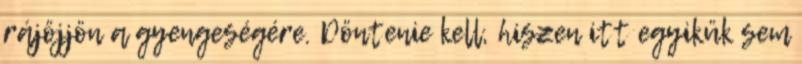
rájöjjön a gyengeségére. Döntenie kell, hiszen itt egyikük sem